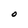
Character: O